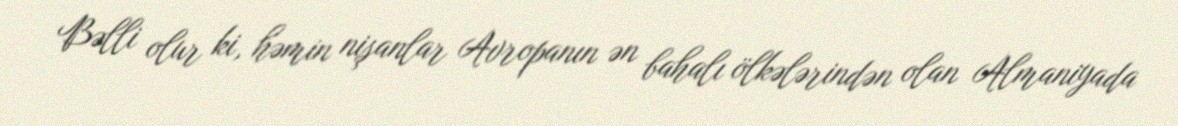
Bəlli olur ki, həmin nişanlar Avropanın ən bahalı ölkələrindən olan Almaniyada